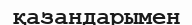
қазандарымен